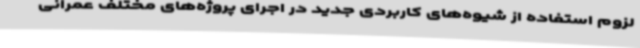
لزوم استفاده از شیوه‌های کاربردی جدید در اجرای پروژه‌های مختلف عمرانی